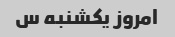
امروز یکشنبه س